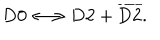
\mathrm { D 0 } \longleftrightarrow \mathrm { D 2 } + { \overline { { \mathrm { D 2 } } } } .